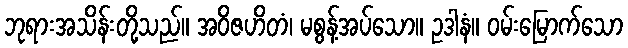
ဘုရားအသိန်းတို့သည်။ အဝိဇဟိတံ၊ မစွန့်အပ်သော။ ဥဒါနံ။ ဝမ်းမြောက်သော